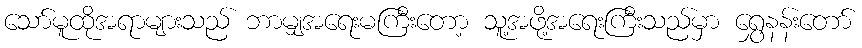
သော်မူထိုအရာများသည် ဘာမျှအရေးမကြီးတော့ သူ့အဖို့အရေးကြီးသည်မှာ ရွှေနန်းတော်